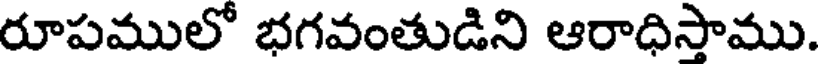
రూపములో భగవంతుడిని ఆరాధిస్తాము.